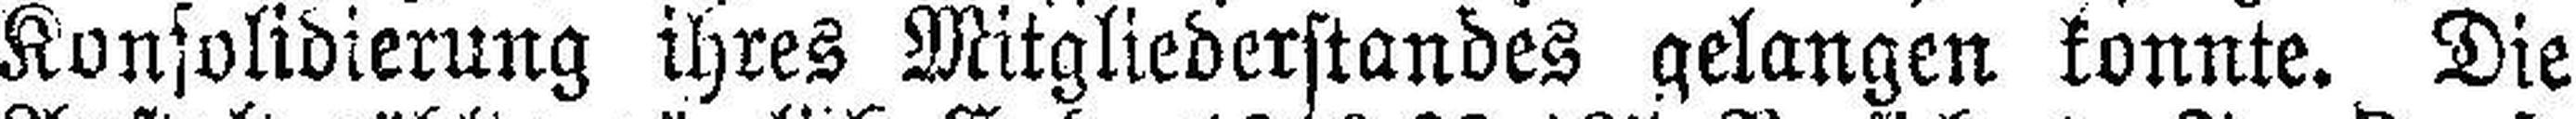
Konsolidierung ihres Mitgliederstandes gelangen konnte. Die